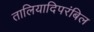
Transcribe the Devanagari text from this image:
तालियादिपरंबिल